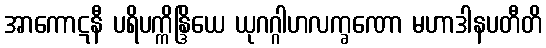
အာကောဋနီ ပရိပက္ကိန္ဒြိယေ ယုဂဂ္ဂါဟလက္ခဏော မဟာဒါနပတီတိ